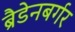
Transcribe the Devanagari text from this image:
ब्रैडेनबर्गर